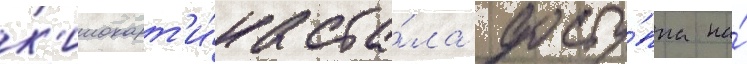
к'инокарт'и́на ста́ла досту́пна на́